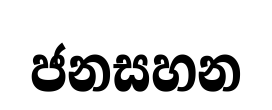
ජනසහන